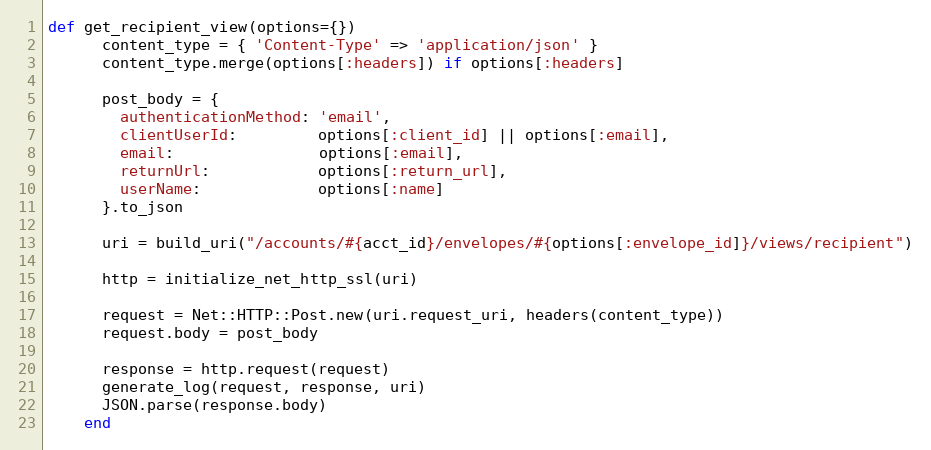
Language: Ruby
def get_recipient_view(options={})
      content_type = { 'Content-Type' => 'application/json' }
      content_type.merge(options[:headers]) if options[:headers]

      post_body = {
        authenticationMethod: 'email',
        clientUserId:         options[:client_id] || options[:email],
        email:                options[:email],
        returnUrl:            options[:return_url],
        userName:             options[:name]
      }.to_json

      uri = build_uri("/accounts/#{acct_id}/envelopes/#{options[:envelope_id]}/views/recipient")

      http = initialize_net_http_ssl(uri)

      request = Net::HTTP::Post.new(uri.request_uri, headers(content_type))
      request.body = post_body

      response = http.request(request)
      generate_log(request, response, uri)
      JSON.parse(response.body)
    end